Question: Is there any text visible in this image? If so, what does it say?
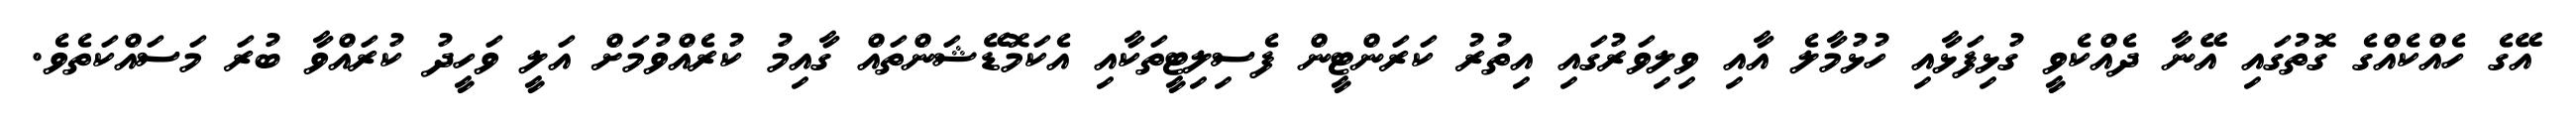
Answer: އޭގެ ހެއްކެއްގެ ގޮތުގައި އޭނާ ދެއްކެވީ ގުޅިފަޅާއި ހުޅުމާލެ އާއި ވިލިވަރުގައި އިތުރު ކަރަންޓީން ފެސިލިޓީތަކާއި އެކަމޮޑޭޝަންތައް ގާއިމު ކުރެއްވުމަށް އަލީ ވަހީދު ކުރައްވާ ބުރަ މަސައްކަތެވެ.